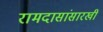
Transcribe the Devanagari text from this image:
रामदासांसारखी